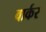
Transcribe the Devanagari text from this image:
वार्कर